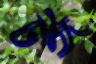
টঙ্গ